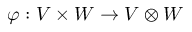
\varphi : V \times W \to V \otimes W